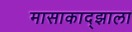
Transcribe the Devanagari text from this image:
मासाकाद्झाला